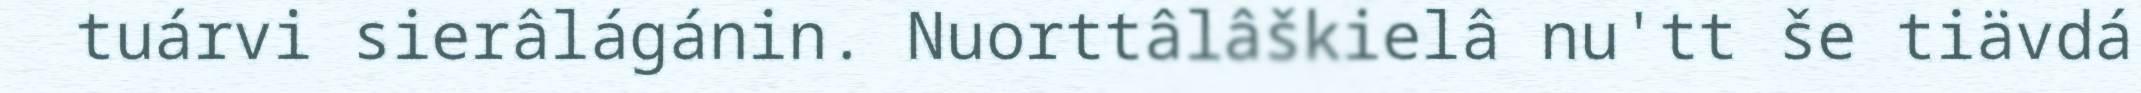
tuárvi sierâlágánin. Nuorttâlâškielâ nu'tt še tiävdá